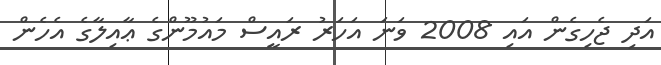
އަދި ޖެހިގެން އައި 2008 ވަނަ އަހަރު ރައީސް މައުމޫންގެ ޢާއިލާގެ އެހެން